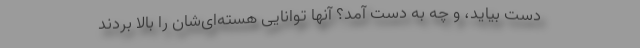
دست بیاید، و چه به دست آمد؟ آنها توانایی هسته‌ای‌شان را بالا بردند